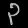
Digit: ၃